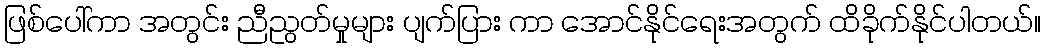
ဖြစ်ပေါ်ကာ အတွင်း ညီညွတ်မှုများ ပျက်ပြား ကာ အောင်နိုင်ရေးအတွက် ထိခိုက်နိုင်ပါတယ်။